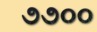
૭૭૦૦